Annual returns of the Patna Lunatic Asylum at Bankipore in Bihar and Orissa - 1912-1924
Year: 1912
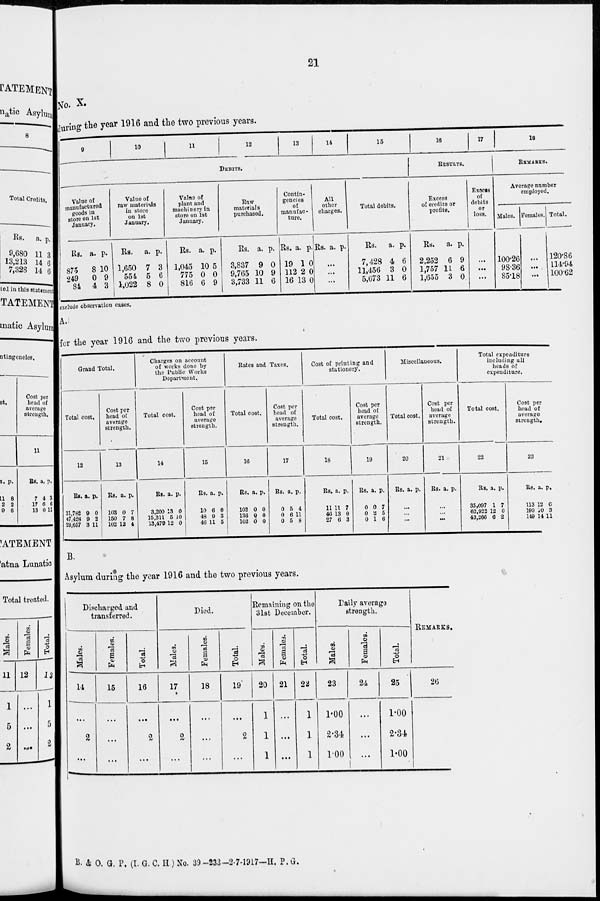
21
No. X.
during the year 1916 and the two previous years.
9
10
11
12
13
14
15
DEBITS.
Value of
manufactured
goods in
store on 1st
January.
Rs.
875
249
84
a.
8
0
4
p.
10
9
3
Value of
raw materials
in store
on 1st
January.
Rs.
1,650
554
1,022
a.
7
5
8
p.
3
6
0
Value of
plant and
machinery in
store on 1st
January.
Rs.
1,045
775
816
a.
10
0
6
p.
5
0
9
Raw
materials
purchased.
Rs.
3,837
9,765
3,733
a.
9
10
11
p.
0
9
6
Contin-
gencies
of
manufac-
ture.
Rs.
19
112
16
a.
1
2
13
p.
0
0
0
All
other
charges.
Rs. a. p.
...
...
...
Total debits.
Rs.
7,428
11,456
5,673
a.
4
3
11
p.
6
0
6
16
17
RESULTS.
Excess
of credits or
profits.
Rs.
2,252
1,757
1,655
a.
6
11
3
p.
9
6
0
Excess
of
debits
or
loss.
...
...
...
18
REMARKS.
Average number
employed.
Males.
100.26
98.36
85.18
Females.
...
...
...
Total.
120.86
114.94
100.62
exclude observation cases.
A.
for the year 1916 and the two previous years.
Grand Total.
Total cost.
12
Rs.
31,782
47,428
29,657
a.
9
9
3
p.
0
2
11
Cost per
head of
average
strength.
13
Rs.
103
150
102
a.
0
7
12
p.
7
8
4
Charges on account
of works done by
the Public Works
Department.
Total cost.
14
Rs.
3,200
15,311
13,479
a.
13
5
12
p.
0
10
0
Cost per
head of
average
strength.
15
Rs.
10
48
46
a.
6
9
11
p.
0
3
5
Rates and Taxes.
Total cost.
16
Rs.
102
136
102
a.
0
0
0
p.
0
0
0
Cost per
head of
average
strength.
17
Rs.
0
0
0
a.
5
6
5
p.
4
11
8
Cost of printing and
stationery.
Total cost.
18
Rs.
11
46
27
a.
11
13
6
p.
7
0
3
Cost per
head of
average
strength.
19
Rs.
0
0
0
a.
0
2
1
p.
7
5
6
Miscellaneous.
Total cost.
20
Rs. a. p.
...
...
...
Cost per
head of
average
strength.
21
Rs. a. p.
...
...
...
Total expenditure
including all
heads of
expenditure.
Total cost.
22
Rs.
35,097
62,922
43,266
a.
1
12
6
p.
7
0
2
Cost per
head of
average
strength.
23
Rs.
113
199
149
a.
12
10
14
p.
6
3
11
B.
Asylum during the year 1916 and the two previous years.
Discharged and
transferred.
Males.
14
...
2
...
Females.
15
...
...
...
Total.
16
...
2
...
Died.
Males.
17
...
2
...
Females.
18
...
...
...
Total.
19
...
2
...
Remaining on the
31st December.
Males.
20
1
1
1
Females.
21
...
...
...
Total.
22
1
1
1
Daily average
strength.
Males.
23
1.00
2.34
1.00
Females.
24
...
...
...
Total.
25
1.00
2.34
1.00
REMARKS.
26
B. & O. G. P. (I. G. C. H) No. 39—233—2-7-1917—H. P.G.